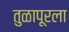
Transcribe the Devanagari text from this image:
तुळापूरला